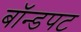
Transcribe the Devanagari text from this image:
बॉन्डपट